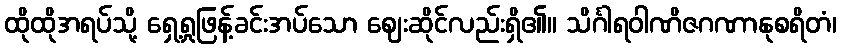
ထိုထိုအရပ်သို့ ရှေ့ရှုဖြန့်ခင်းအပ်သော ဈေးဆိုင်လည်းရှိ၏။ သိင်္ဂါရဝါဏိဇဂဏာနုစရိတံ၊